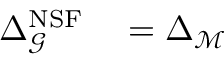
\begin{array} { r l } { \Delta _ { \mathcal { G } } ^ { \mathrm { N S F } } } & { { } = \Delta _ { \mathcal { M } } } \end{array}